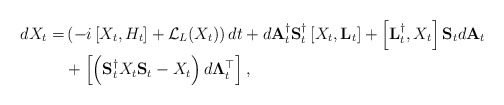
\begin{align*}dX_t = & \left(-i\left[X_t,H_t\right] + \mathcal{L}_L (X_t)\right)dt + d\mathbf{A}^{\dagger}_t\mathbf{S}^{\dagger}_t\left[X_t,\mathbf{L}_t\right] + \left[\mathbf{L}^{\dagger}_t,X_t\right]\mathbf{S}_t d\mathbf{A}_t\\& + \left[\left(\mathbf{S}^{\dagger}_t X_t \mathbf{S}_t - X_t\right)d\mathbf{\Lambda}_t^{\top}\right], \end{align*}